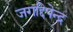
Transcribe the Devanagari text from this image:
जगद्दिपेन्द्र